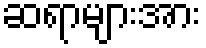
ဆရာများအား